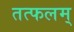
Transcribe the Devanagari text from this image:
तत्फलम्